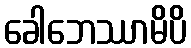
ခေါဘေဿာမိပိ